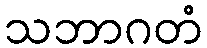
သဘာဂတံ